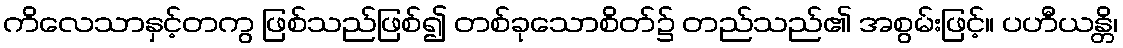
ကိလေသာနှင့်တကွ ဖြစ်သည်ဖြစ်၍ တစ်ခုသောစိတ်၌ တည်သည်၏ အစွမ်းဖြင့်။ ပဟီယန္တိ၊